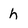
Character: h